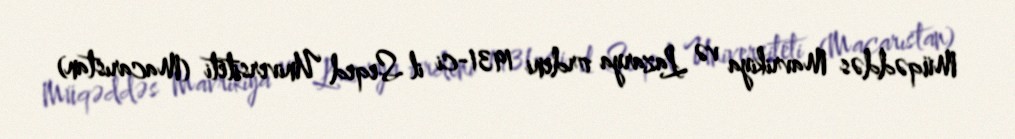
Müqəddəs Mavrikiya və Lazarya ordeni 1931-ci il Seqed Universiteti (Macarıstan)